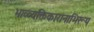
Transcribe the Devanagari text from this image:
भाव्व्यक्तिकारानाभिरूप